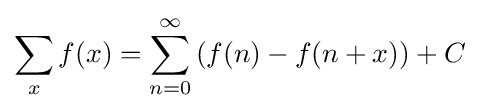
\sum _{x}f(x)=\sum _{n=0}^{\infty }\left(f(n)-f(n+x)\right)+C